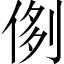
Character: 𠝓